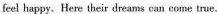
feel happy.Here their dreams can come true.